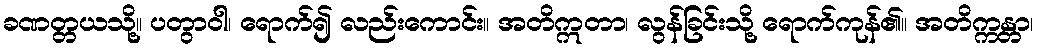
ခဏတ္တယသို့။ ပတွာဝါ၊ ရောက်၍ လည်းကောင်း။ အတိဣတာ၊ လွန်ခြင်းသို့ ရောက်ကုန်၏။ အတိက္ကန္တာ၊